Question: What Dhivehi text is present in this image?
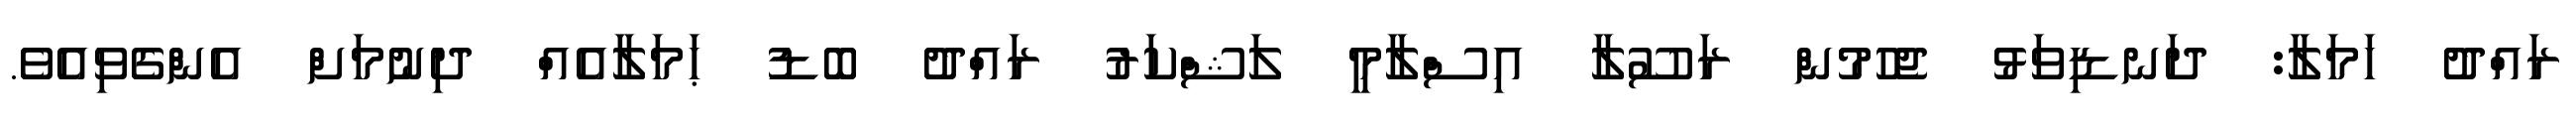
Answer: ރައްދު ހަމަލާ: ދަނޑިވަޅު ޖެހުމުން ރަސޫލާ އިސްލާމީ ލަޝްކަރު ރައްދު ބޮޑު ޙަމަލާއެއް ދިނުމަށް އެންގެވިއެވެ.